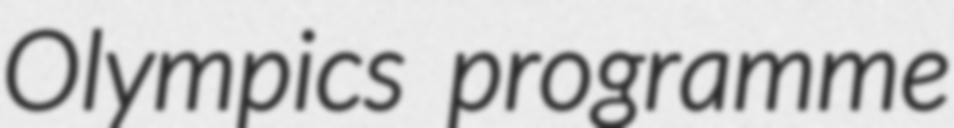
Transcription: Olympics programme